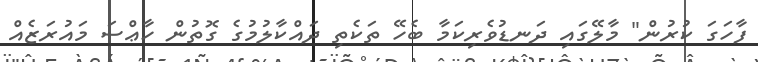
ފާހަގަ ކުރުން" މާލޭގައި ދަނޑުވެރިކަމާ ބެހޭ ތަކެތި ދައްކާލުމުގެ ގޮތުން ހާޢްސަ މައުރަޒެއް